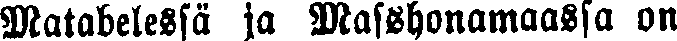
Matabelessä ja Masshonamaassa on